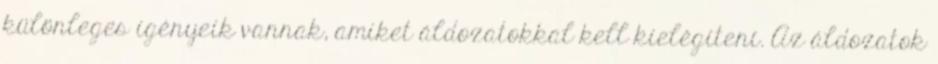
különleges igényeik vannak, amiket áldozatokkal kell kielégíteni. Az áldozatok